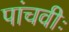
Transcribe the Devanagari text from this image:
पांचवीः